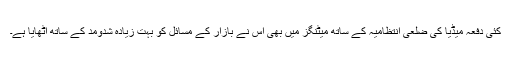
کئی دفعہ میڈیا کی ضلعی انتظامیہ کے ساتھ میٹنگز میں بھی اُس نے بازار کے مسائل کو بہت زیادہ شدومد کے ساتھ اُٹھایا ہے۔